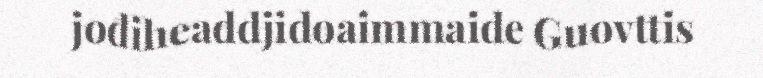
jođiheaddjidoaimmaide Guovttis